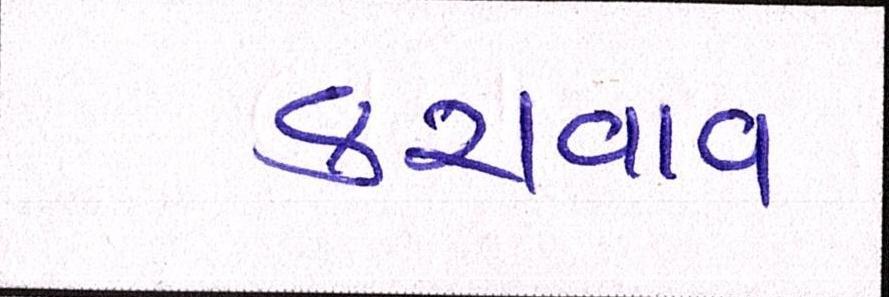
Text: કરાવાવ